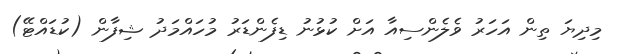
މިދިޔަ ތިން އަހަރު ވެލެންސިއާ އަށް ކުޅުނު ޑިފެންޑަރު މުހައްމަދު ޝިފާން (ކުޑައްޓޭ)